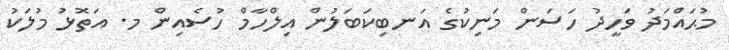
މުޙައްމަދު ވަހީދު ހަސަން މަނިކުގެ އަނބިކަބަލުން އިލްހާމް ހުސެއިން މ. އަތޮޅު މުލަކު